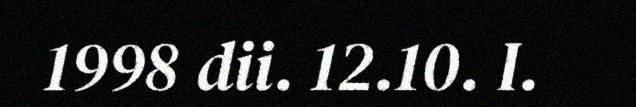
1998 dii. 12.10. I.